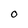
Character: 0